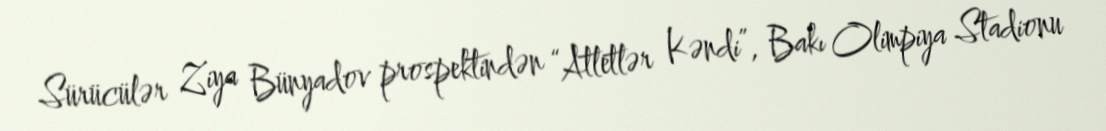
Sürücülər Ziya Bünyadov prospektindən “Atletlər Kəndi”, Bakı Olimpiya Stadionu